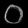
Digit: ၀